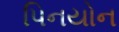
પિનયોન